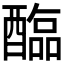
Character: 𫑻